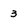
Character: 3